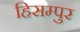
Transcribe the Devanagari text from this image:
हिसम्पुर